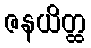
ဇနယိတ္ထ